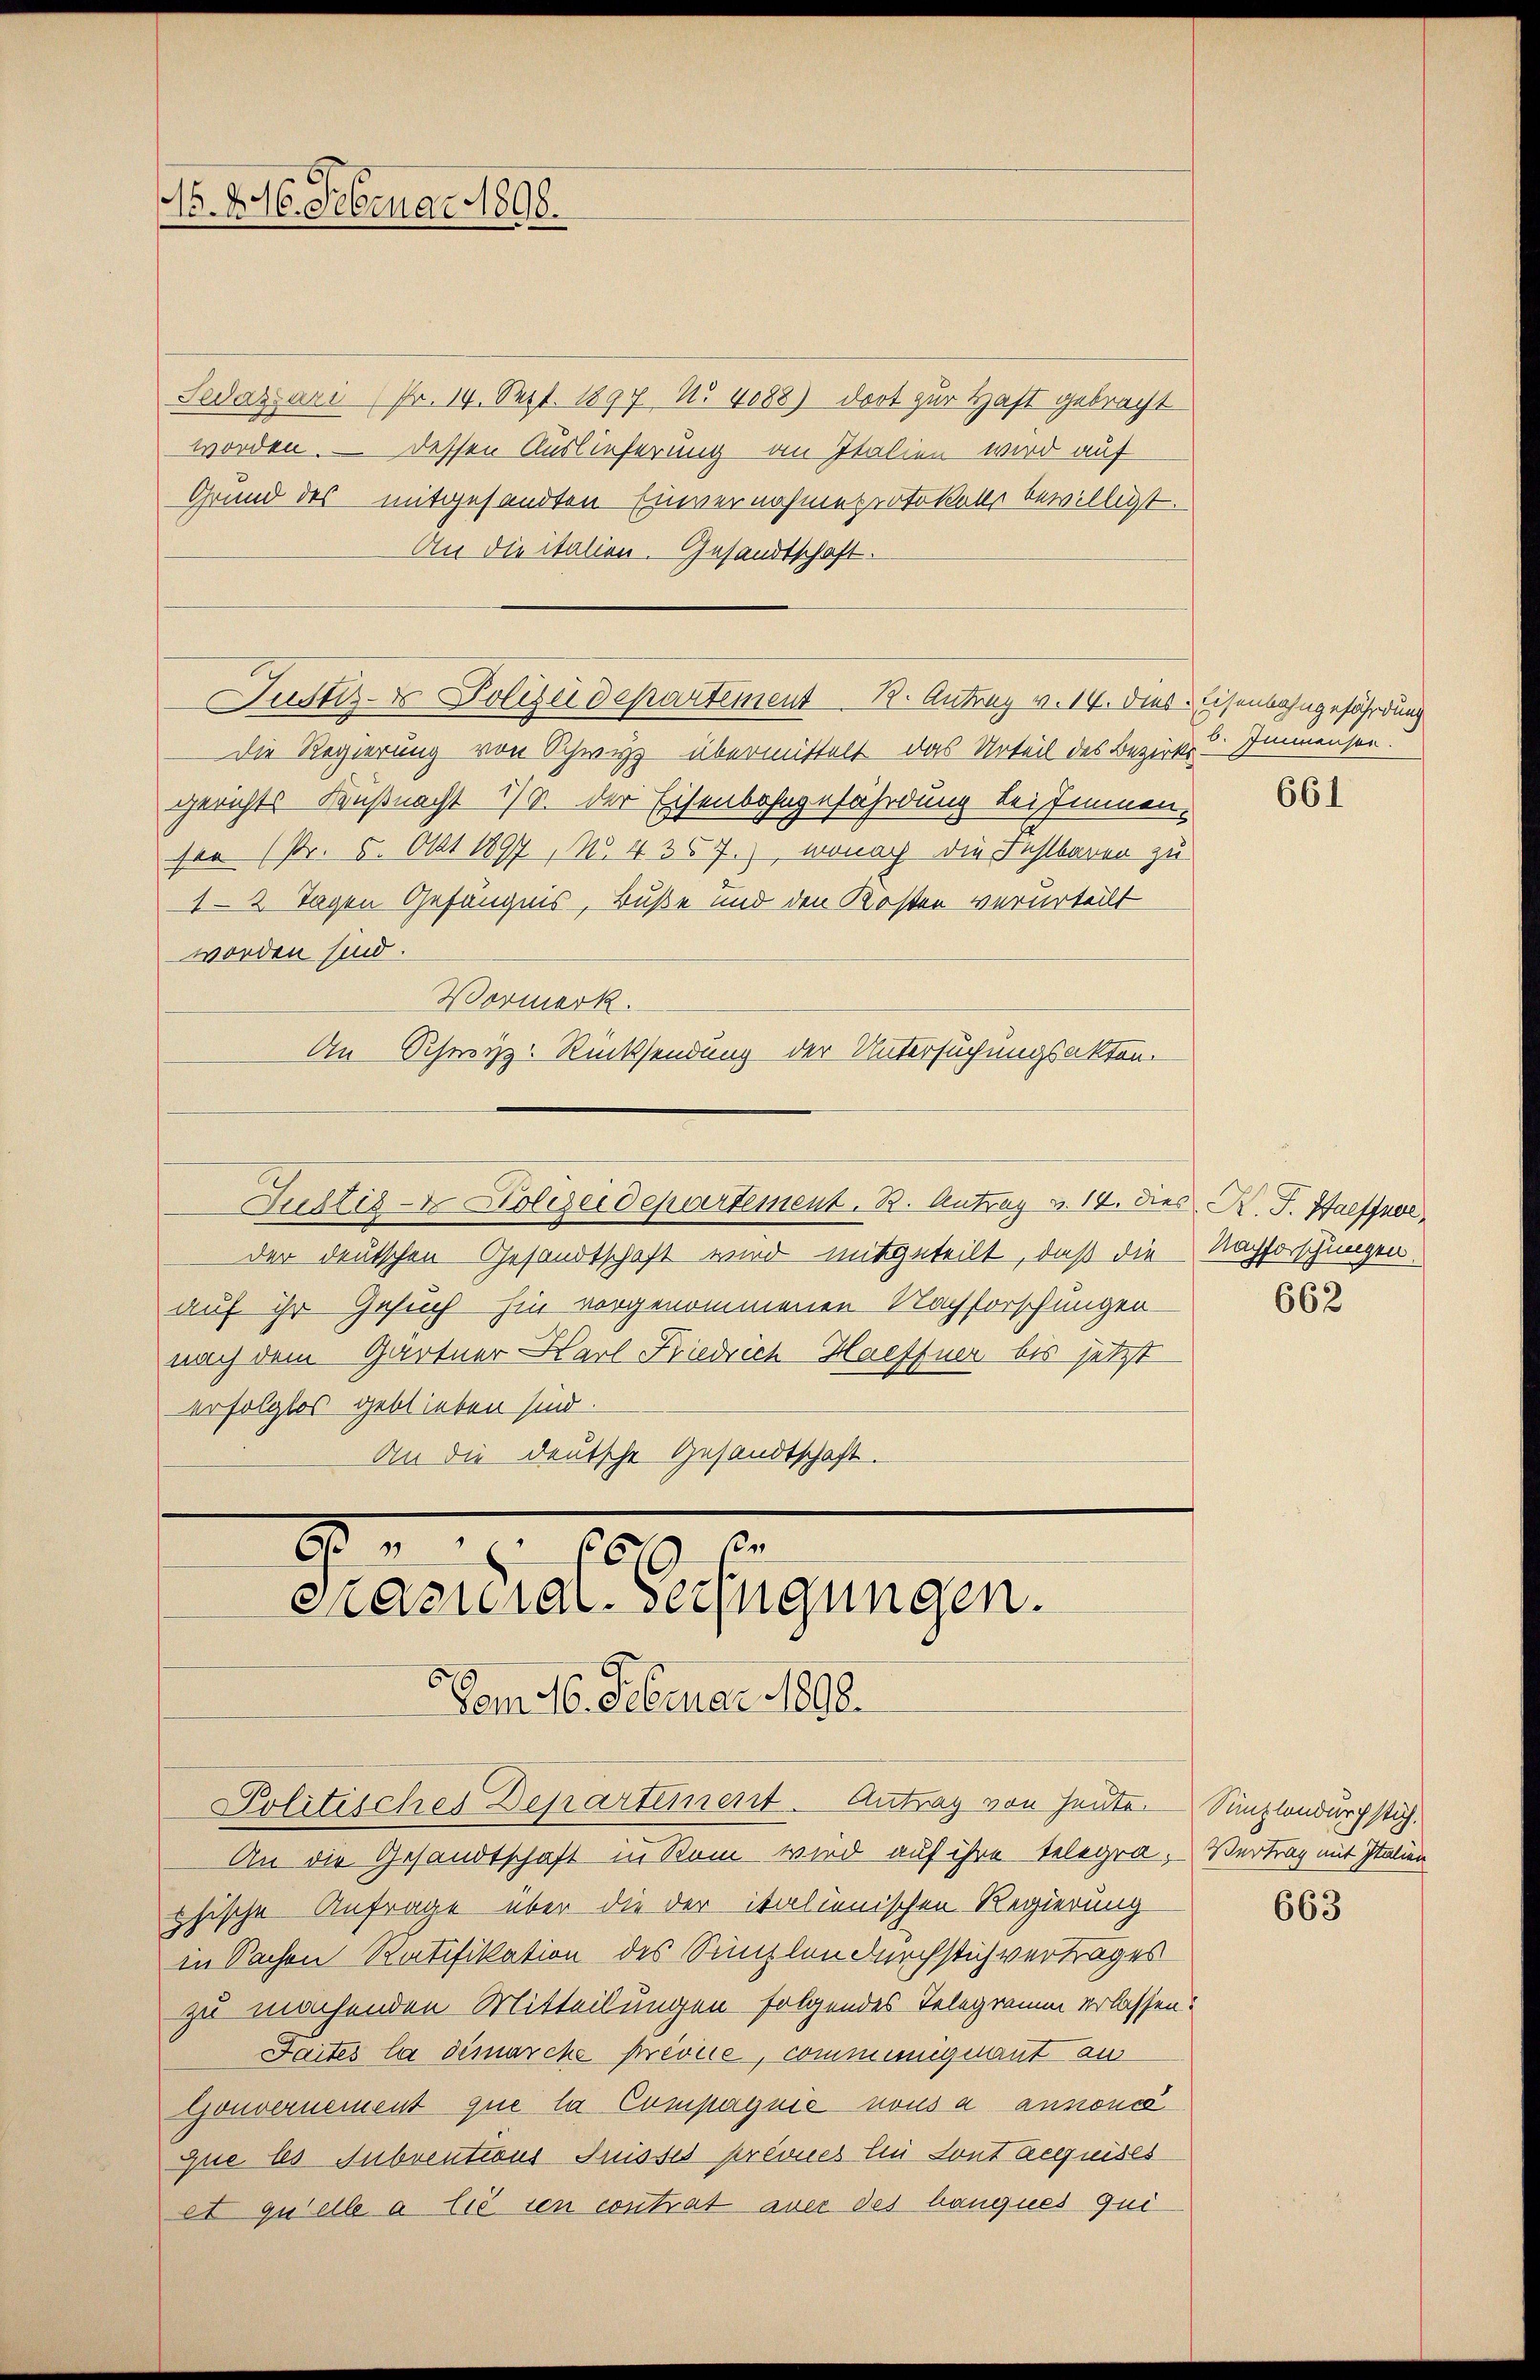
Sedazari (Nr. 14. Sept. 1897 No 4088) dort zur Haft gebracht
worden. — Dessen Auslieferung an Italien wird auf
Grund des mitgesandten Einvernahmeprotokolls bewilligt.
An die italien. Gesandtschaft.
Die Regierung von Schwyz übermittelt das Urteil des Bezirks-
gerichts- Küßnacht 17 v. der Eisenbahngefährdung bei sinnen.
 (Pr. 5. Okt 1897, No. 4357.), wonach die Fehlbaren zu
12 Tagen Gefängnis, Buße und den Kosten verurteilt
worden sind.
Vormerk.
An Schwyz. Rücksendung der Untersuchungsakten.
Justiz- & Polizeidepartement. B. Antrag v. 14. Dies K. J. Haeffner,
der deutschen Gesandtschaft wird mitgeteilt, daß die Nachforschungen.
auf ihr Gesuch hin vorgenommenen Nachforschungen-
nach dem Gärtner Karl Friedrich Haeffner bis jetzt
erfolglos geblieben sind.
An die deutsche Gesandtschaft.

No. 246. Februar 1898.

Justiz- & Polizeidepartement 1. Antrag v. 14. dies Eisenbahngefährdung

Vom 16. Februar 1892.
Politisches Departement. Antrag von heuten Sunzlandurchstich.
An die Gesandtschaft in Rom wird auf ihre telegra, Vertrag mit Italien
sische Anfrage über die der italienischen Regierung
.
in Sachen Ratifikation des Simplendurchstichvertrages
zu machenden Mitteilungen folgendes Telegramm erlassen.
Faites la démarche Prévice, communigent aus
Gouvernement que la Compagnie nous a annoncé
que les Subventions Suisses prévues Ein Sont aequises
et quelle a lie in contrat aber des hauques qui

8
62 x
Prasiliar-Verfügungen.

b. Immenser

661

662

663